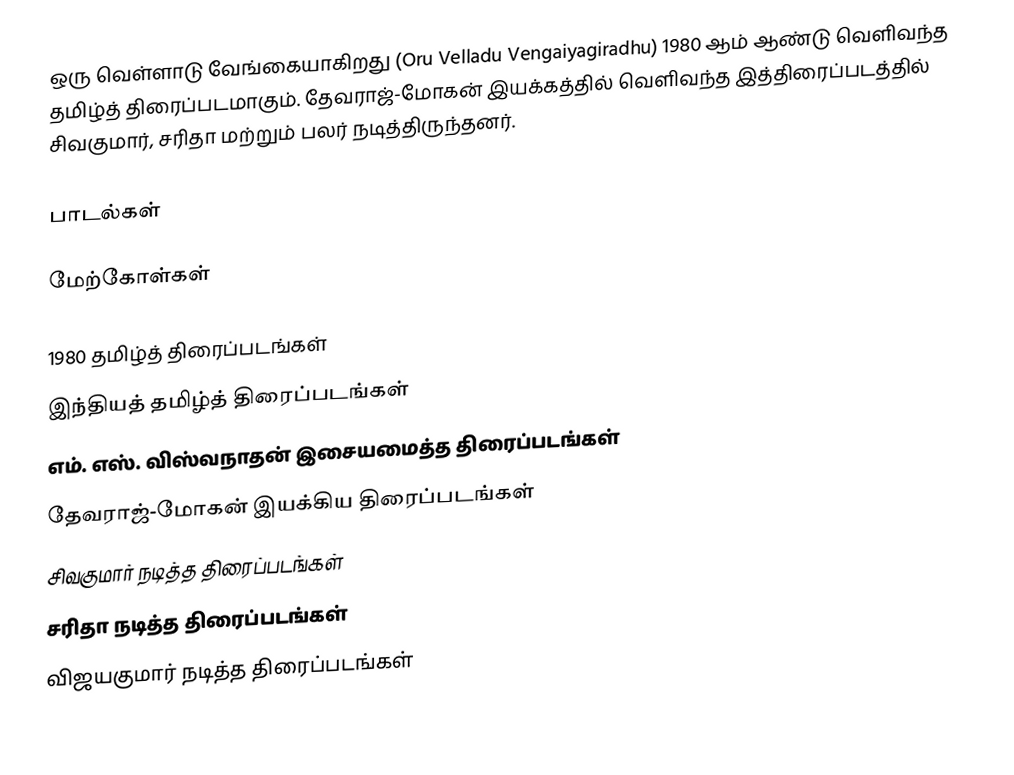
ஒரு வெள்ளாடு வேங்கையாகிறது (Oru Velladu Vengaiyagiradhu) 1980 ஆம் ஆண்டு வெளிவந்த தமிழ்த் திரைப்படமாகும். தேவராஜ்-மோகன் இயக்கத்தில் வெளிவந்த இத்திரைப்படத்தில் சிவகுமார், சரிதா மற்றும் பலர் நடித்திருந்தனர்.

பாடல்கள்

மேற்கோள்கள்

1980 தமிழ்த் திரைப்படங்கள்
இந்தியத் தமிழ்த் திரைப்படங்கள்
எம். எஸ். விஸ்வநாதன் இசையமைத்த திரைப்படங்கள்
தேவராஜ்-மோகன் இயக்கிய திரைப்படங்கள்
சிவகுமார் நடித்த திரைப்படங்கள்
சரிதா நடித்த திரைப்படங்கள்
விஜயகுமார் நடித்த திரைப்படங்கள்